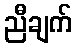
ညီချက်